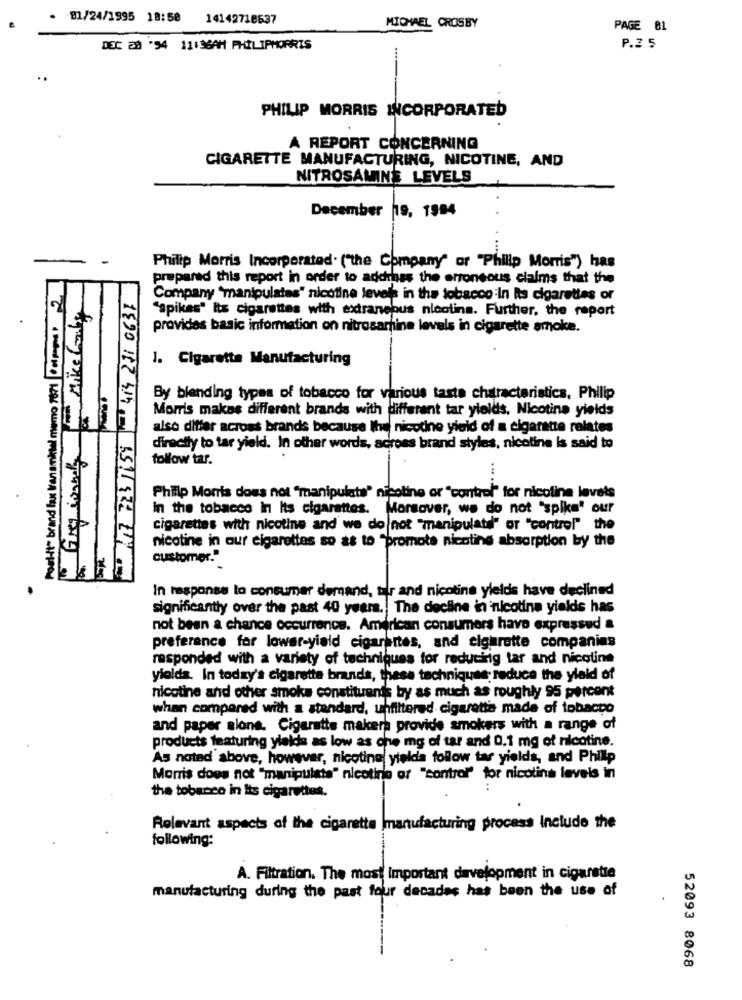
. 81/24/1995 18:50 14142718637
MICHAEL CROSBY
PAGE 01
DEC 28 '94 11:36AM PHILIPMORRIS
P.2 5
PHILIP MORRIS INCORPORATED
A REPORT CONCERNING
CIGARETTE MANUFACTURING, NICOTINE, AND
NITROSAMINS LEVELS
December 19, 1984
Philip Morris Incorporated. ("the Company" or "Philip Morris") has
prepared this report in order to address the erroneous claims that the
Post-it" brand fox lanamibial merrio 7690|col pos 2
Company "manipulates" nicotine levels in the tobacco In its cigarettes or
Mike Comby
"Spikes" Its cigarettes with extraneous nicotina. Further, the report
provides basic information on nitrosardine levels in cigarette smoke.
1. Cigarette Manufacturing
Greg wandy
By blanding types of tobacco for various taste characteristics. Philip
Morris makes different brands with different tar yields, Nicotina yields
also differ across brands because Ihe nicotine yield of a cigarette relates
directly to tar yield. In other words, across brand styles, nicotine is said to
follow tar.
Philip Morris does not "manipulata' nicotine or "control" for nicoline levels
in the tobacco In Its cigarettes. Moreover, we do not "spike" our
cigarettes with nicotine and we do not "manipulatel" or "control" the
nicotine in our cigarettes so as to "promote nicotine absorption by the
customer."
le le
.
In response to consumer demand, tilr and nicotine yields have declined
significantly over the past 40 years. The decline in nicotina yields has
not been a chance occurrence. American consumers have expressed a
preference for lower-yield cigarettes, and cigarette companies
responded with a variety of techniques for reducing tar and nicotine
yields. In today's cigarette brands, these techniques; reduce the ylald of
nicotine and other smoke constituents by as much as roughly 95 percent
when compared with a standard, unfiltered cigarette made of tobacco
and paper alone. Cigaratts makers provide smokers with a range of
products featuring yields as low as one mg of tar and 0.1 mg of nicotine.
As noted above, however, nicotine yields follow tar yields, and Phillip
Morris does not "manipulate" nicotine or "control"' for nicotina levels in
the tobacco in its cigarettes.
Relevant aspects of the cigarette manufacturing process Include the
following:
A. Filtration. The most Important development in cigarette
manufacturing during the past four decades has been the use of
52093 8068